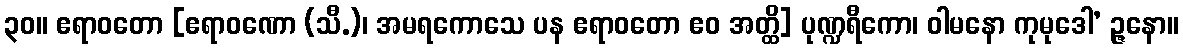
၃၀။ ဧရာဝတော [ဧရာဝဏော (သီ.)၊ အမရကောသေ ပန ဧရာဝတော ဧဝ အတ္ထိ] ပုဏ္ဍရီကော၊ ဝါမနော ကုမုဒေါ’ ဉ္ဇနော။